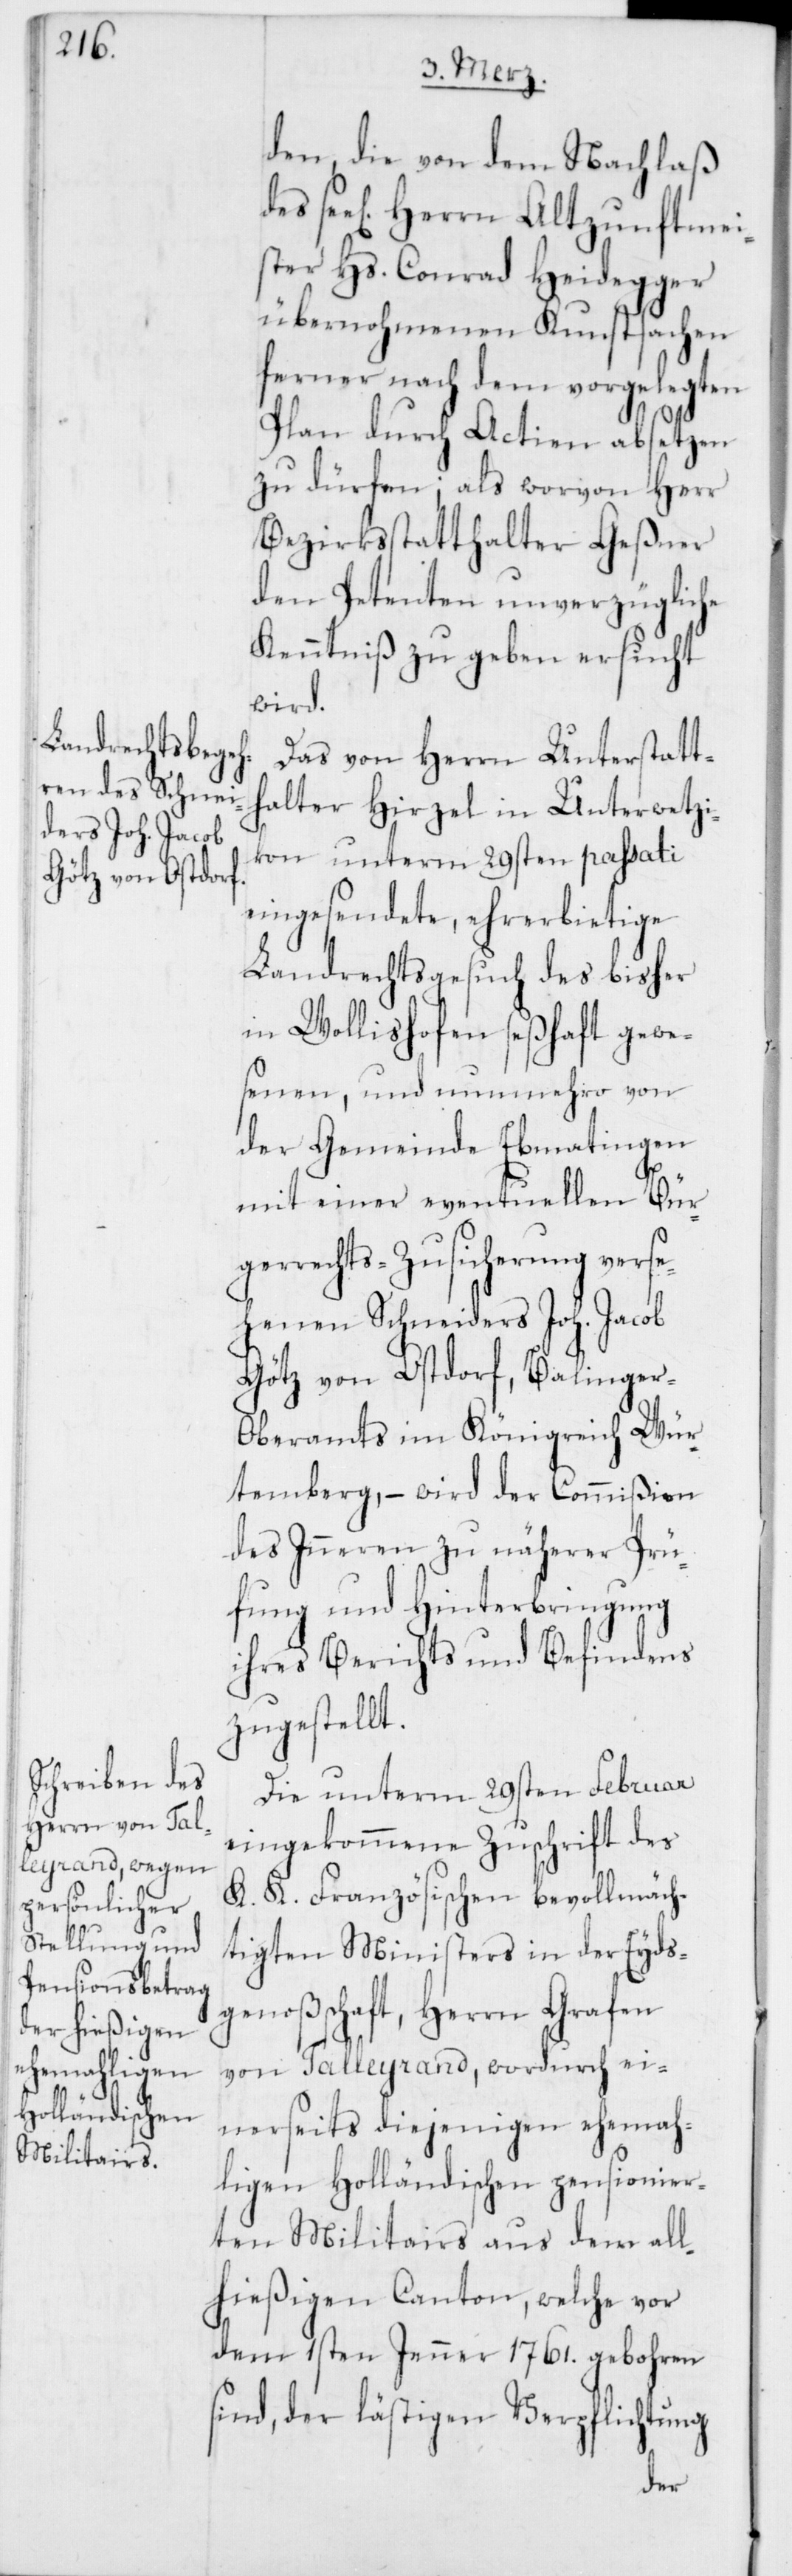
den, die von dem Nachlaß
seel. Herrn Altzunftmei¬
ster Hs. Conrad Heidegger
übernohmenen Kunstsachen
ferner nach dem vorgelegten
Plan durch Actien absetzen
zu dürfen; als worvon Herr
Bezirksstatthalter Geßner
den Petenten unverzügliche
Kenntniß zu geben ersucht
wird.
Das von Herrn Unterstatt¬
halter Hirzel in Unterwetzi¬
kon unterm 29sten passati
eingesendete, ehrerbietige
Landrechtsgesuch des bisher
in Wollishofen seßhaft gewe¬
senen, und nunmehro von
der Gemeinde Ebmatingen
mit einer eventuellen Bürg¬
errechts-Zusicherung verse¬
henen Schneiders Joh. Jacob
Götz von Ostdorf, Balinge¬
r-Oberamts im Königreich Wür¬
temberg, – wird der Commißion
des Inneren zu näherer Prü¬
fung und Hinterbringung
ihres Berichts und Befindens
zugestellt.
Die unterm 29sten Februar
eingekommene Zuschrift des
K. K. Französischen bevollmäch¬
tigten Ministers in der Eyds¬
genoßschaft, Herrn Grafen
von Talleyrand, wordurch ei¬
nerseits diejenigen ehema¬
ligen Holländischen pensionier¬
ten Militairs aus dem all¬
hießigen Canton, welche vor
dem 1sten Jenner 1761. gebohren
sind, der lästigen Verpflichtung
des